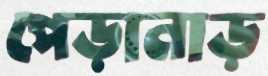
পেড়ানাড়